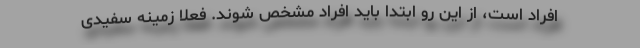
افراد است، از این رو ابتدا باید افراد مشخص شوند. فعلا زمینه سفیدی